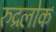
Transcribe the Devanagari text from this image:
रुद्रलोक